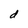
Character: d